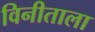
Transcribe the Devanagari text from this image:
विनीताला